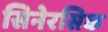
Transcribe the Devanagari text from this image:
सिनेरसिक